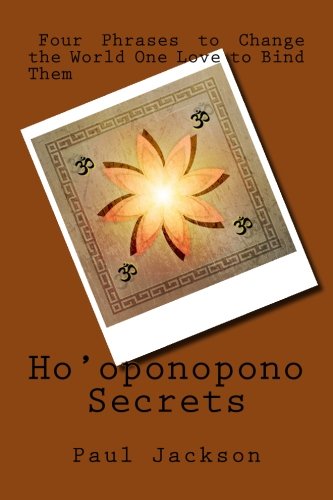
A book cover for Ho'oponopono Secrets: Four Phrases to Change the World One Love to Bind Them; Paul Jackson; Religion & Spirituality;